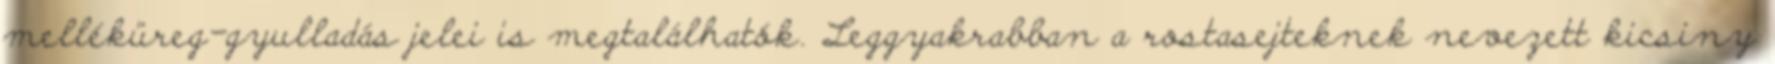
melléküreg-gyulladás jelei is megtalálhatók. Leggyakrabban a rostasejteknek nevezett kicsiny